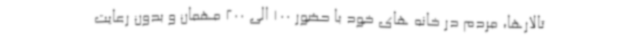
تالارها، مردم در خانه های خود با حضور 100 الی 200 مهمان و بدون رعایت